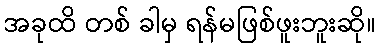
အခုထိ တစ် ခါမှ ရန်မဖြစ်ဖူးဘူးဆို။